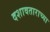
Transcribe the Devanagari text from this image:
दशावताराच्या